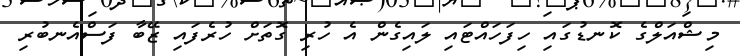
މިޝްއަލްގެ ކޮނޑުގައި ހިފަހައްޓައި ލައިގެން އެ ހުރި ގޮތަށް ހުރެފައި ޒޭބާ ފަސްއެނބުރި